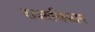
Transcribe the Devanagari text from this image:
राजाधिकार